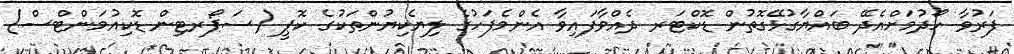
ފަރުވާ ހޯދުމަށްއެދޭ ބައްޔާގުޅޭގޮތުން ޑޮކްޓަރ ދެއްވާފައިވާ އެންމެފަހުގެ ލިޔެކިޔުންތަކުގެ ކޮޕީ (ސަޕޯރޓިން ޑޮކިއުމަންޓްސް)